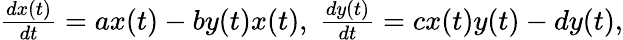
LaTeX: \begin{array}{l}{\frac{dx(t)}{dt}=ax(t)-by(t)x(t),\; \frac{dy(t)}{dt}=cx(t)y(t)-dy(t),}\end{array}